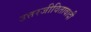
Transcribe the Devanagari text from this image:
उत्तरजीवितावादी